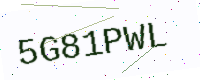
Text: 5G81PWL